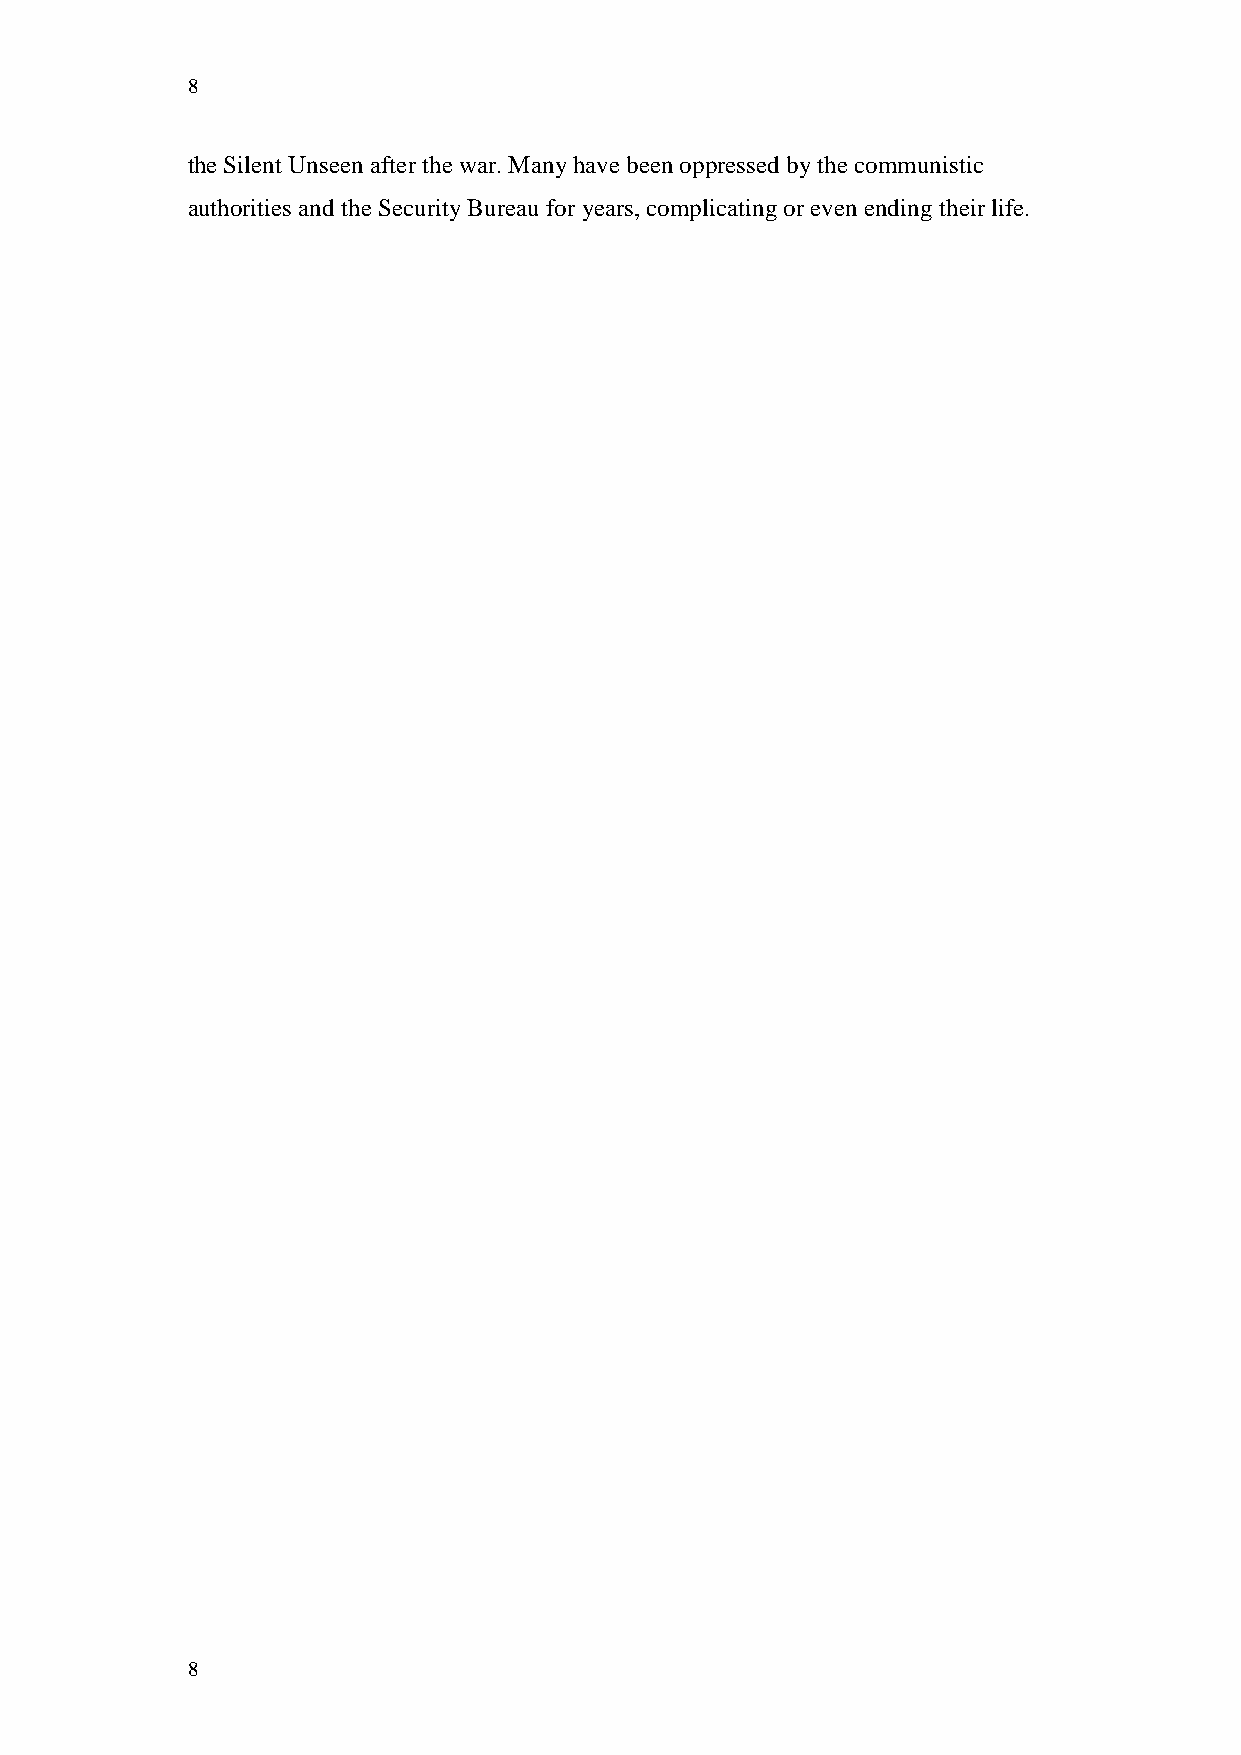
8
 the Silent Unseen after the war. Many have been oppressed by the communistic
 authorities and the Security Bureau for years, complicating or even ending their life.
 8